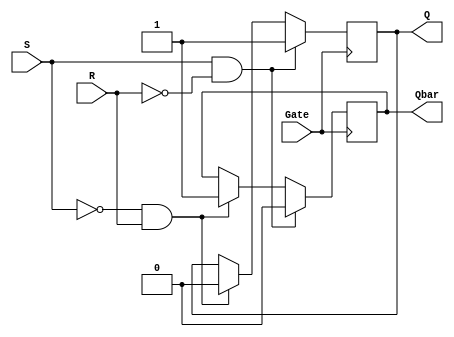
module Gated_SR_FF (
    input S, R, Gate,
    output reg Q, Qbar
);

always @(posedge Gate) begin
    if (S && !R)
        Q <= 1;
    else if (!S && R)
        Q <= 0;
end

always @(posedge Gate) begin
    if (S && !R)
        Qbar <= 0;
    else if (!S && R)
        Qbar <= 1;
end

endmodule